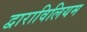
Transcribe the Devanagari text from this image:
द्वाराविलियम